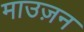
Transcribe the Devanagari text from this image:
माउज़न